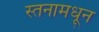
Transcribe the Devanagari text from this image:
स्तनामधून